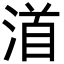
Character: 渞